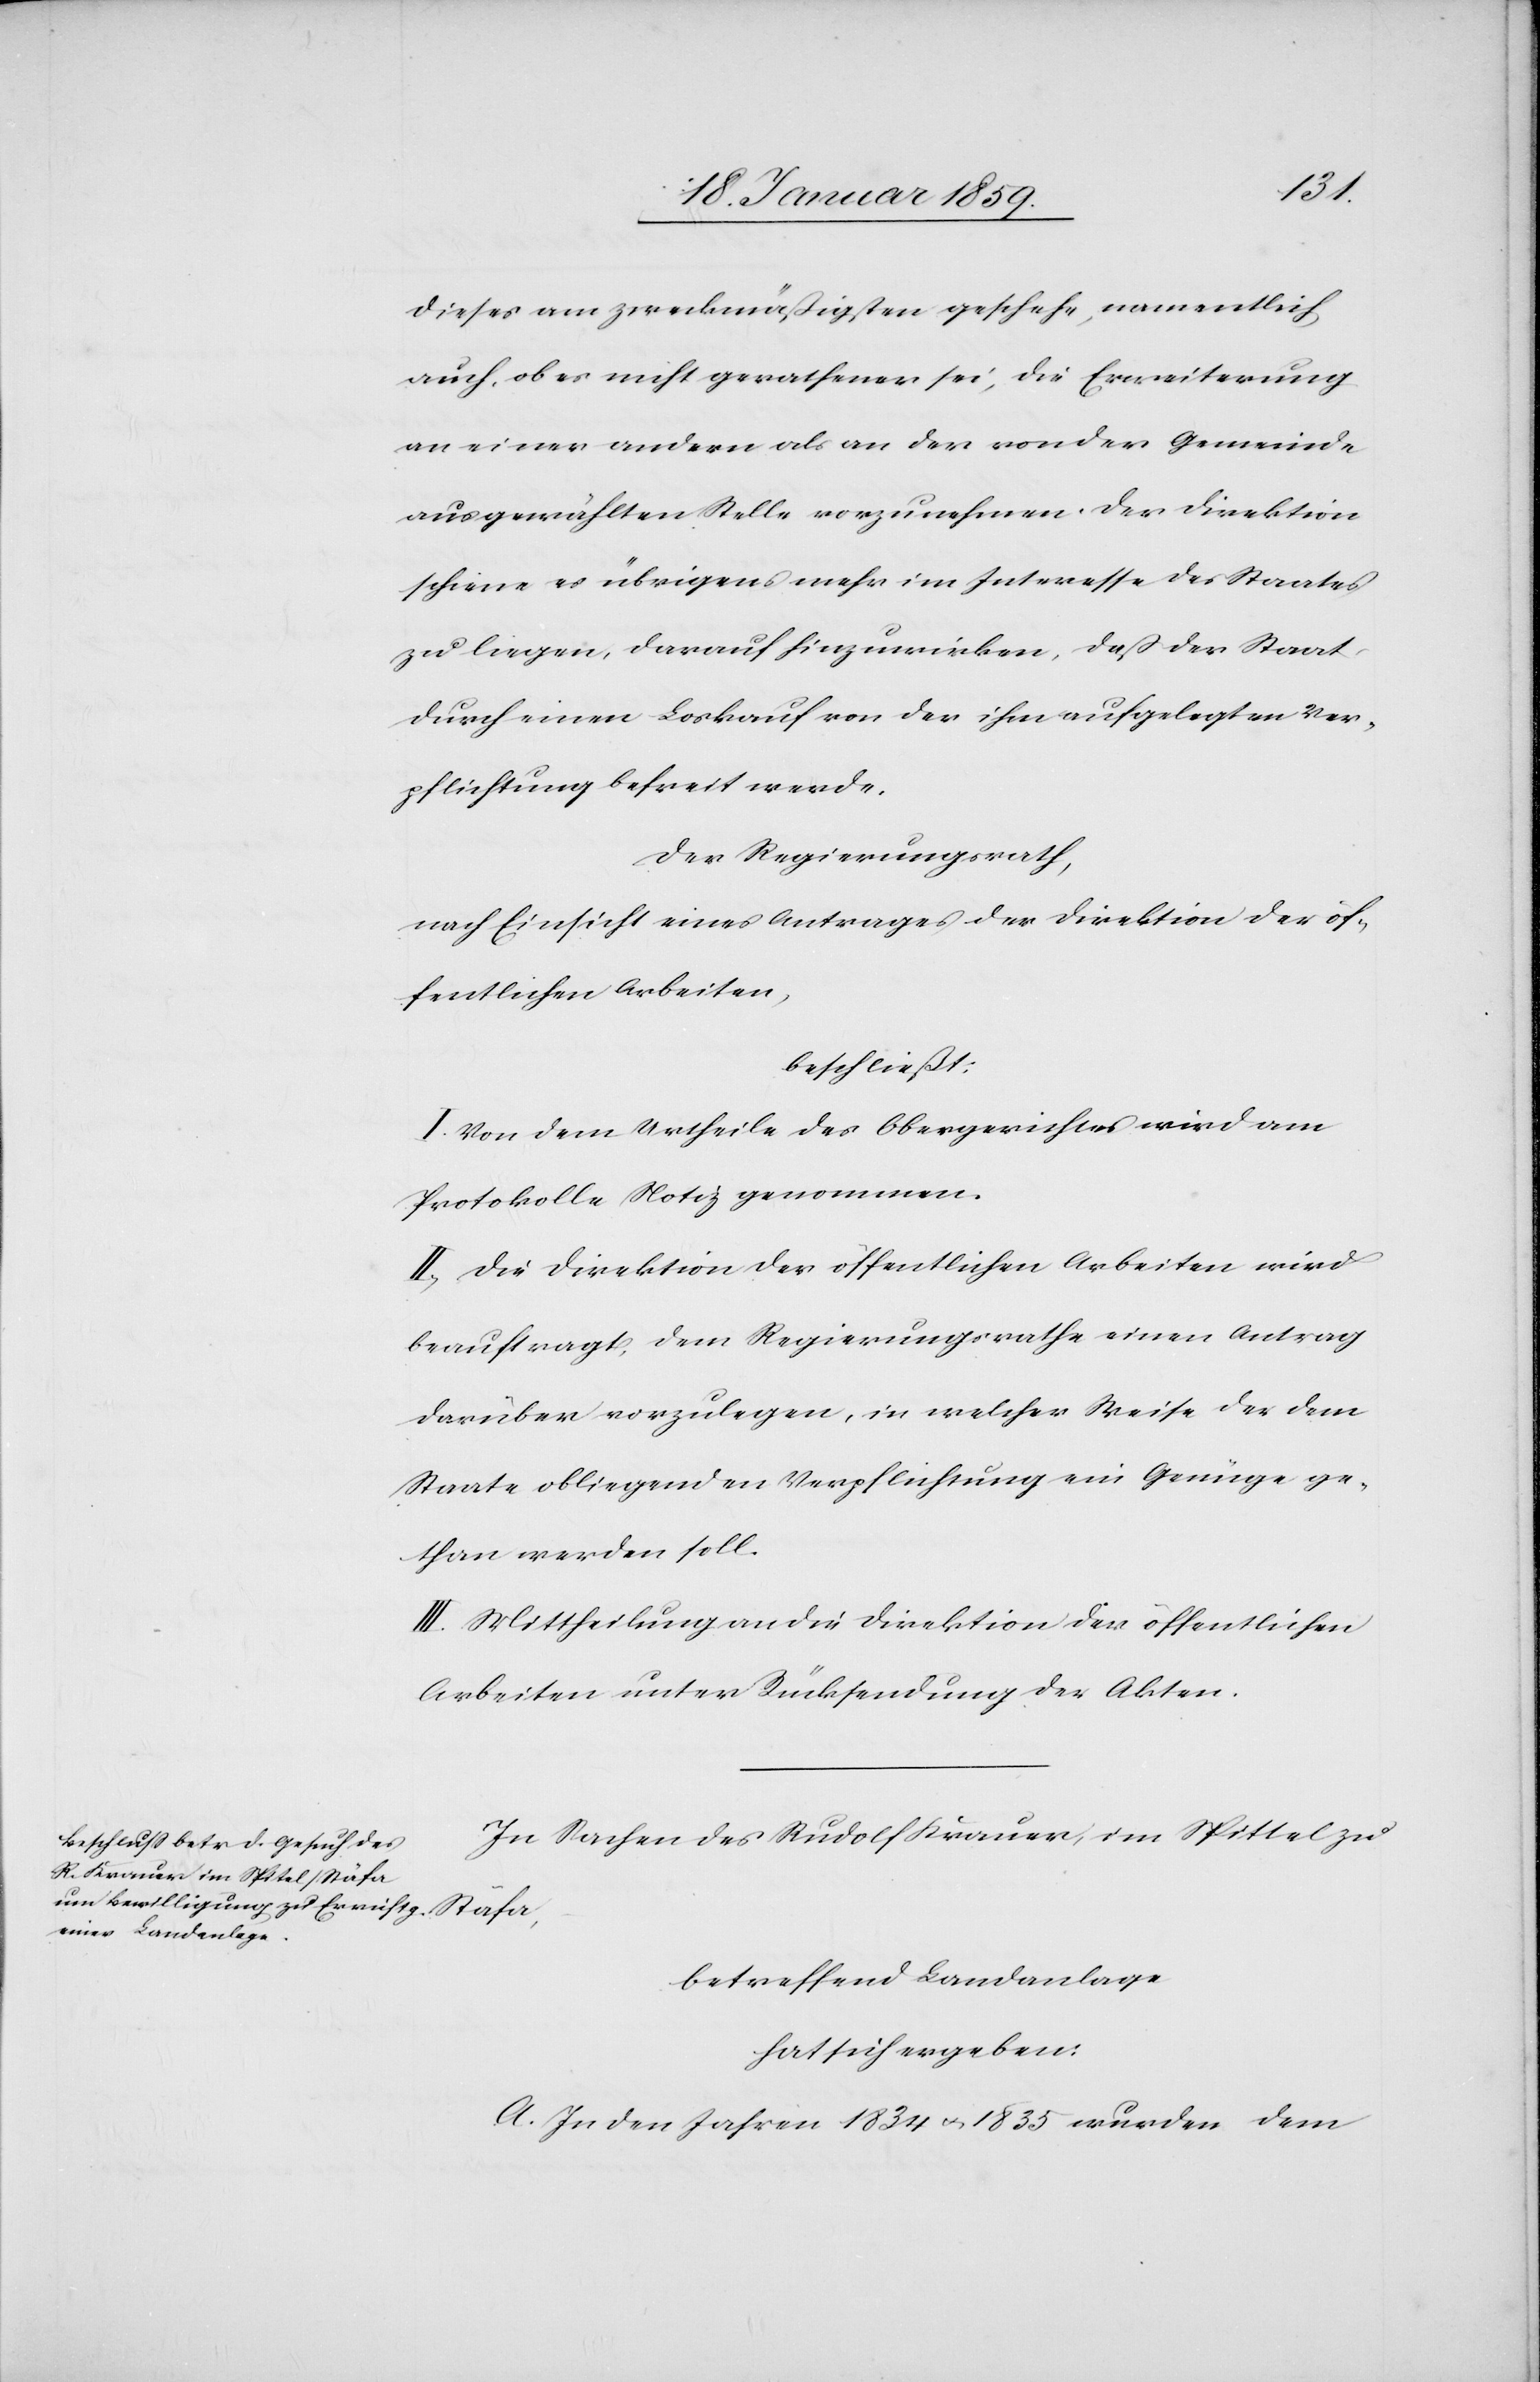
dieses am zweckmäßigsten geschehe, namentlich
auch, ob es nicht gerathener sei, die Erweiterung
an einen andern als der von der Gemeinde
ausgewählten Stelle vorzunehmen. Der Direktion
schien es übrigens mehr im Interesse des Staates
zu liegen, darauf hinzuwirken, daß der Staat
durch einen Loskauf von der ihm aufgelegten Ver¬
pflichtung befreit werde.
Der Regierungsrath,
nach Einsicht eines Antrages der Direktion der öf¬
fentlichen Arbeiten,
beschließt:
I. Von dem Urtheile des Obergerichtes wird am
Protokolle Notiz genommen.
II. Die Direktion der öffentlichen Arbeiten wird
beauftragt, dem Regierungsrathe einen Antrag
darüber vorzulegen, in welcher Weise der dem
Staate obliegenden Verpflichtung ein Genüge ge¬
than werden soll.
III. Mittheilung an die Direktion der öffentlichen
Arbeiten unter Rücksendung der Akten.
In Sachen des Rudolf Krauer im Spittel
betreffend Landanlage
hat sich ergeben:
A. In den Jahren 1834 u. 1835 wurden dem